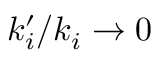
k _ { i } ^ { \prime } / k _ { i } \to 0